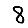
Digit: 8